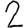
Digit: 2